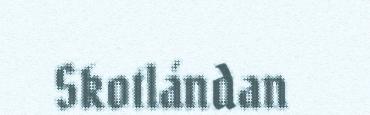
Skotlándan